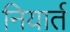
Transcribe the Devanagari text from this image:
नियार्त